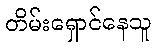
တိမ်းရှောင်နေသူ